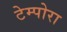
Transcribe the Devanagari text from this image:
टेम्पोरा